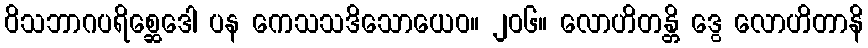
ဝိသဘာဂပရိစ္ဆေဒေါ ပန ကေသသဒိသောယေဝ။ ၂၀၆။ လောဟိတန္တိ ဒွေ လောဟိတာနိ